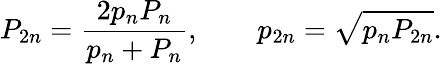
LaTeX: P_{2n}={\frac{2p_{n}P_{n}}{p_{n}+P_{n}}},\quad\quad p_{2n}={\sqrt{p_{n}P_{2n}}}.